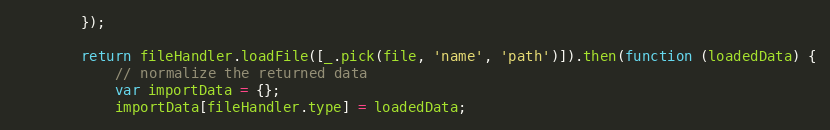
Language: JavaScript
        });

        return fileHandler.loadFile([_.pick(file, 'name', 'path')]).then(function (loadedData) {
            // normalize the returned data
            var importData = {};
            importData[fileHandler.type] = loadedData;